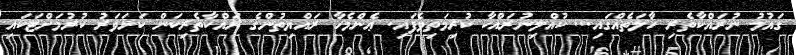
ގައުމު ނުރައްކާތެރި ހާލަތެއްގައި... ކުއްލިނުރައްކާ ކުރިމަތިވެފައި. ޢެންމެހާ ރައްޔިތުންގެ ރައްކާތެރިކަން ކަށަވަރު ކުރުމަށްޓަކައި